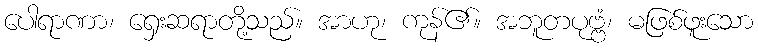
ပေါရာဏာ၊ ရှေးဆရာတို့သည်။ အာဟု၊ ကုန်၏။ အဘူတပုဗ္ဗံ၊ မဖြစ်ဖူးသော